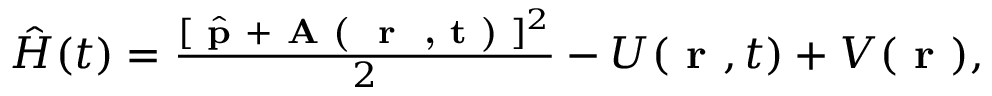
\begin{array} { r } { \hat { H } ( t ) = \frac { [ \hat { \textbf { p } } + \textbf { A ( \textbf { r } , t ) } ] ^ { 2 } } { 2 } - U ( \textbf { r } , t ) + V ( \textbf { r } ) , } \end{array}